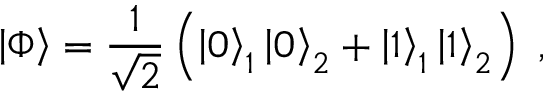
\left| \Phi \right\rangle = \frac { 1 } { \sqrt 2 } \left( \left| 0 \right\rangle _ { 1 } \left| 0 \right\rangle _ { 2 } + \left| 1 \right\rangle _ { 1 } \left| 1 \right\rangle _ { 2 } \right) \; ,